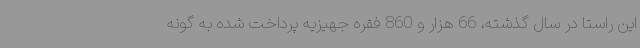
این راستا در سال گذشته، 66 هزار و 860 فقره جهیزیه پرداخت شده به گونه